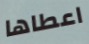
اعطاها